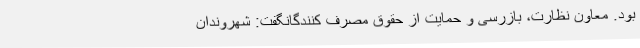
بود. معاون نظارت، بازرسی و حمایت از حقوق مصرف کنندگانگفت: شهروندان